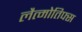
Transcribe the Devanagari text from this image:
लैत्मोतिफ्स